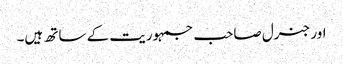
اور جنرل صاحب جمہوریت کے ساتھ ہیں۔